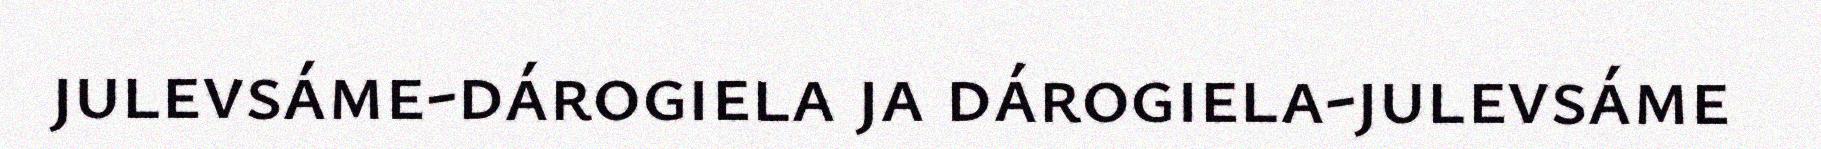
julevsáme-dárogiela ja dárogiela-julevsáme